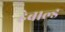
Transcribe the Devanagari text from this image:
हेबाल्ड